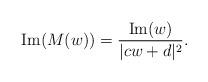
LaTeX: \begin{align*} {\rm Im}(M(w)) = \frac{{\rm Im}(w)}{|cw+d|^{2}}.\end{align*}